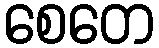
စေတေ